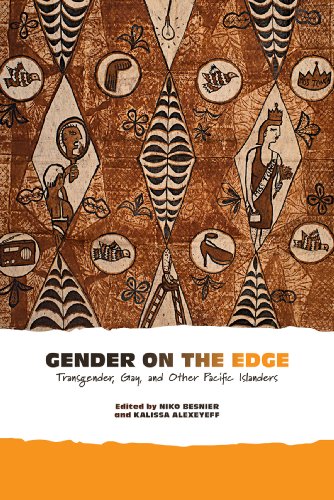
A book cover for Gender on the Edge: Transgender, Gay, and Other Pacific Islanders; Niko Besnier; Gay & Lesbian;